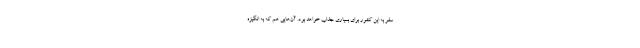
سفر به این کشور برای بسیاری جذاب خواهد بود. آن‌هایی هم که به انگیزه